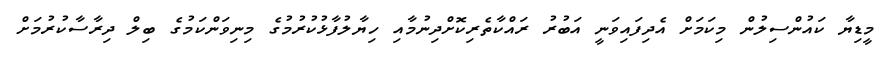
މީޑިޔާ ކައުންސިލުން މިކަމަށް އެދިފައިވަނީ އަބުރު ރައްކާތެރިކޮށްދިނުމާއި ހިޔާލުފާޅުކުރުމުގެ މިނިވަންކަމުގެ ބިލް ދިރާސާކުރުމަށް